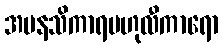
အမနသိကာရဗဟုလီကာရော